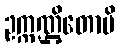
ဥက္ကဏ္ဌိတောပိ